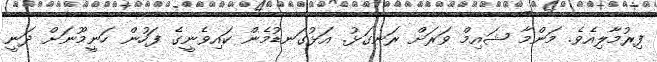
ފިރުމާލިއެވެ. މަންމާ ޝައިމް ވަރަށް ރަނގަޅު. އަޅުގަނޑުމެން ކައިވެނީގެ ފަހުން ހަނީމޫނަށް ދަނީ